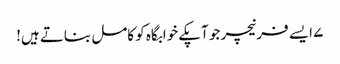
۷ ایسے فرنیچر جو آپکے خوابگاہ کو کامل بناتے ہیں!